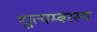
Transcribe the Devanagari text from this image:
द्युत्यम्बरस्य